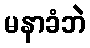
မနာခံဘဲ